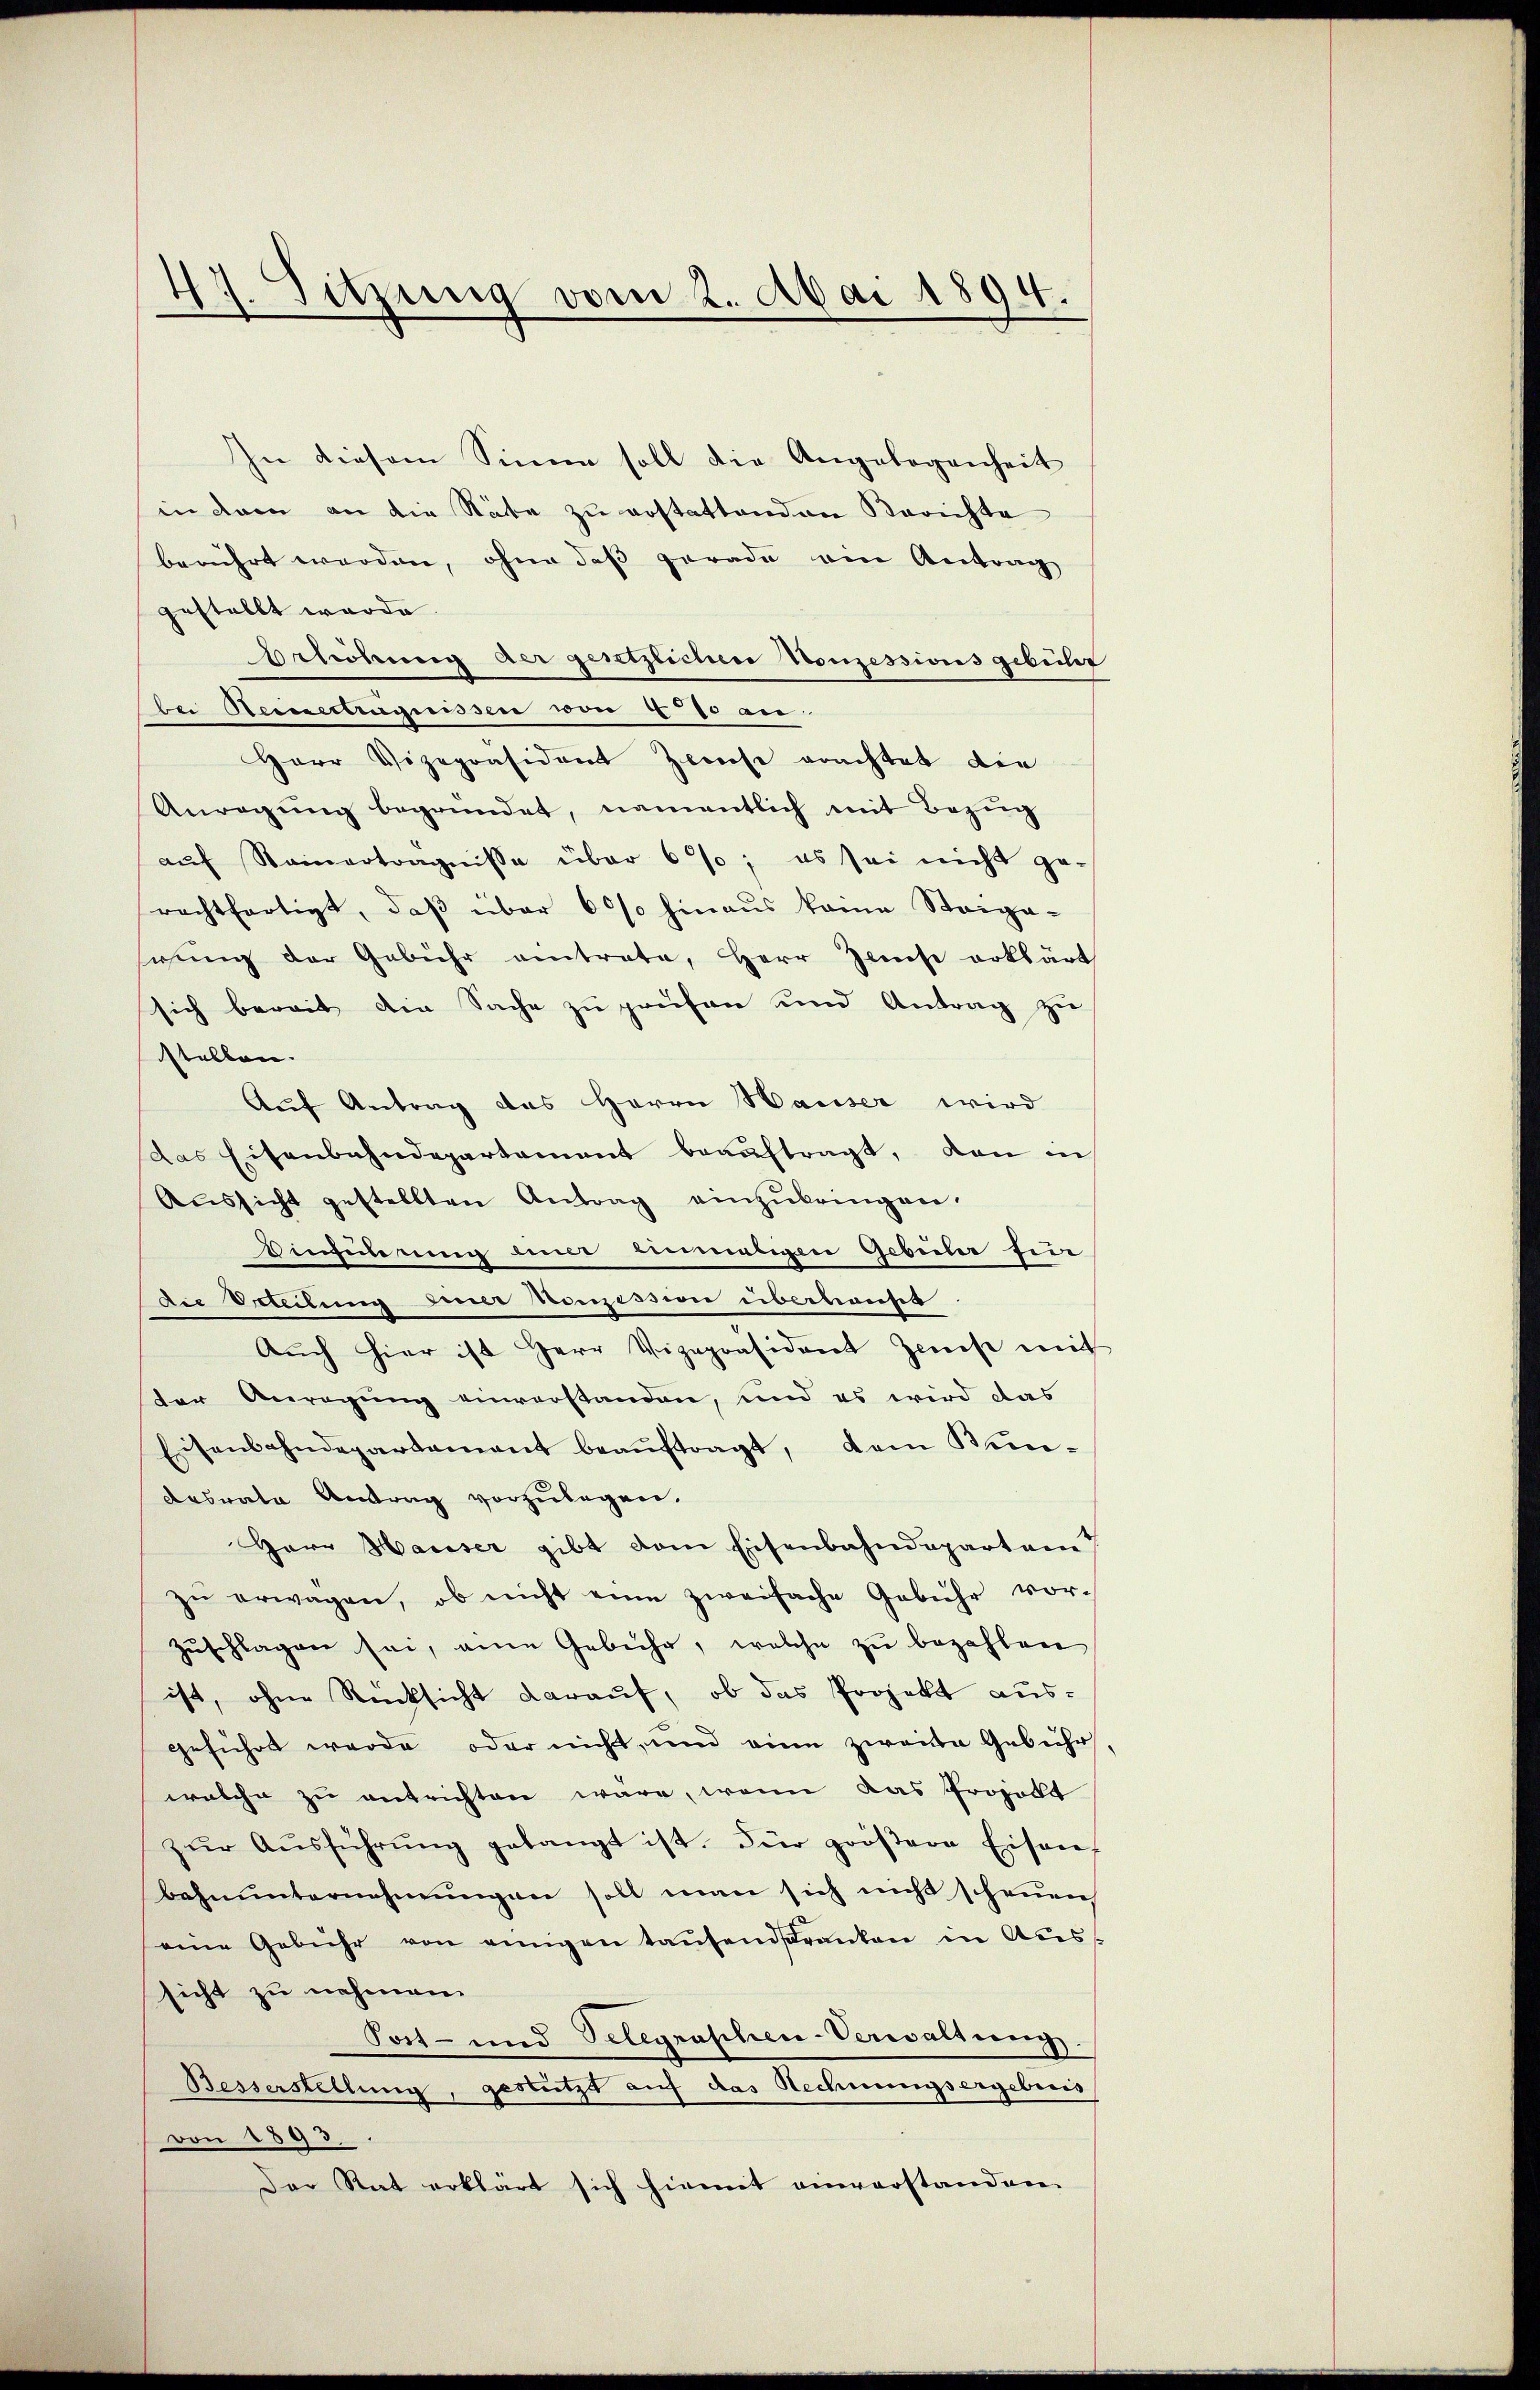
47. Sitzung vom 2. Mai 1894.

In diesem Sinne soll die Angelegenheit
in dem an die Näte zu erstattenden Berichte
berührt worden, ohne das gerade ein Antrag
gestellt werde.
Orlichung der gesetzlichen Konzessions gebühr
bei Reinetteugnissen von 470 an
Herr Vizepräsident Zweise erachtet die
Anregŭng begründet, namentlich mit Bezug
aŭf Seinerträgnisse über 6%; es sei nicht ge-
rechtfertigt, daß über 60% hinaus keine Steige-
siung der Gebühr eintrate, Herr Zinse erklärt
sich bereit die Sache zu prüfen und Antrag zu
stellen.
Aŭf Antrag des Herrn Hauser wird
das Eisenbahndepartement beauftragt, dann in
Aŭssicht gestellten Antrag einzŭbringen.
Vinhuberung und einmaligen Gebüler fin
Die Erteilung einer Konzession überhaufet.
Aŭch hier ist Herr Vizepräsident Ziest mit
der Anregung einverstanden, und es wird das
Eisenbahndepartement beauftragt, dem Bundesrate Antrag vorzulegen.
Herr Hauser gibt dem Eisenbahndepartei
zŭ erwagen, ob nicht eine zweifache Gebühr vor-
zuschlagen sei, eine Gebühr, welche zu bezahlen
ist, ohne Rücksicht darauf, ob das Projekt ausgeführt werde, oder nicht, und eine zweite Gebühr
welche zu entrichten wäre, wenn das Projekt
zŭr Aŭsführŭng gelangt ist. Für größere Eisen-
bahnŭnternehmungen soll man sich nicht schenen
eine Gebühr von einigen tausendfranken in Auss
sicht zu nehmen.
Post- und Telegraphen-Verwaltung.
Besserstellung, gestützt auf das Rechnungsergebenes
von 1893.
Der Rat erklärt sich hiemit einverstanden.